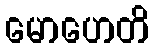
မောဟေတိ